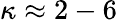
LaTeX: \kappa\approx 2-6